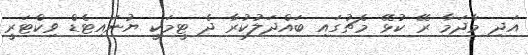
އަދި މާދަމާ ރޭ ކުޅޭ މެޗުގައި ބައްދަލުކުރާ ދެ ޓީމަކީ ޔުނައިޓެޑް ވިކްޓަރީ